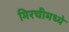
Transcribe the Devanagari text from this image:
मिरचीमध्ये